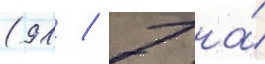
(91 / 7 на́